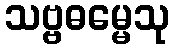
သဗ္ဗဓမ္မေသု